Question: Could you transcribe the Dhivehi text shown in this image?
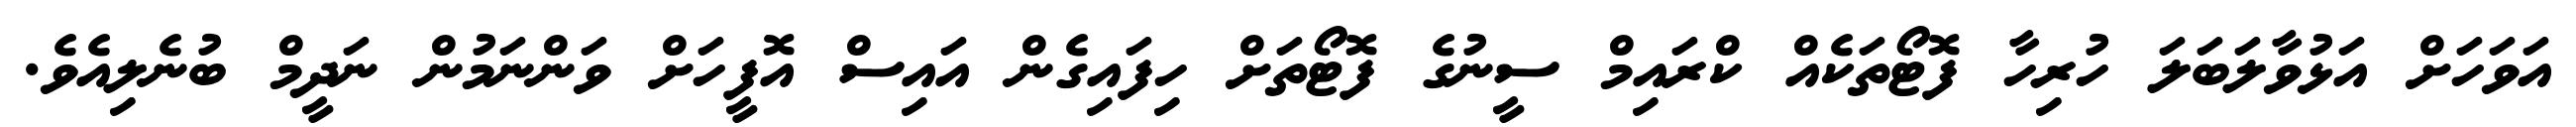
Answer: އަވަހަށް އަޅުވާލަބަލަ ހުރިހާ ފޮޓޯތަކެއް ކްރައިމް ސީނުގެ ފޮޓޯތަށް ހިފައިގެން އައިސް އޮފީހަށް ވަންނަމުން ނަދީމް ބުނެލިއެވެ.